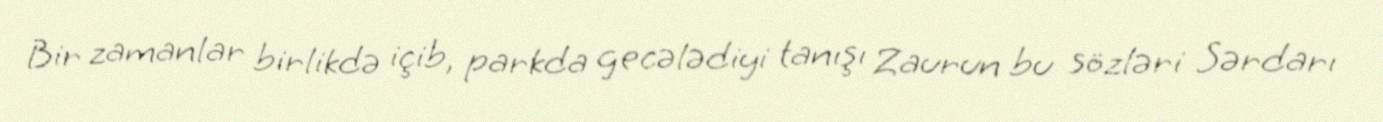
Bir zamanlar birlikdə içib, parkda gecələdiyi tanışı Zaurun bu sözləri Sərdarı